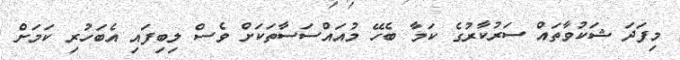
މިފަދަ ޝަކުވާތައް ސަރުކާރުގެ ކަމާ ބެހޭ މުއައްސަސާތަކަށް ވެސް ލިބިފައި އެބަހުރި ކަމަށް